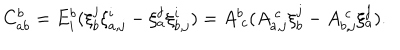
C _ { a b } ^ { b } = E _ { i } ^ { b } ( \xi _ { b } ^ { j } \xi _ { a , j } ^ { i } - \xi _ { a } ^ { j } \xi _ { b , j } ^ { i } ) = A _ { ~ c } ^ { b } ( A _ { a , j } ^ { ~ c } \xi _ { b } ^ { j } - A _ { b , j } ^ { ~ c } \xi _ { a } ^ { j } ) .